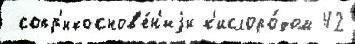
 сопр'икоснов'е́н'иjи к'ислоро́дом 42